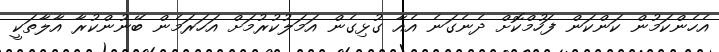
އެހެންކަމުން ކަންކަން ފަހުމްކޮށް ދެނެގަނެ އެއާ ގުޅިގެން އަމަލުކުރުމަށް އަހަރަމެން ބޭނުންކުރާ އާލާތަކީ